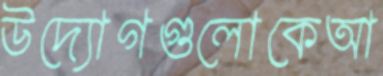
উদ্যোগগুলোকেআ